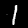
Label: 1